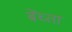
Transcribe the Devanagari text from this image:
बेंच्ता